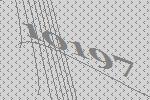
10197